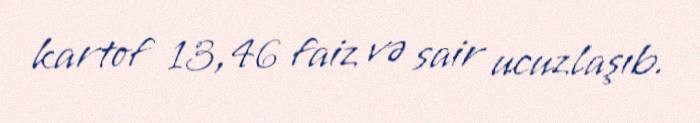
kartof 13,46 faiz və sair ucuzlaşıb.